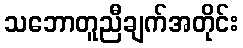
သဘောတူညီချက်အတိုင်း